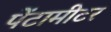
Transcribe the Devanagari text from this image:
पेंटामीटर